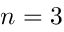
n = 3